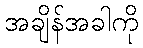
အချိန်အခါကို